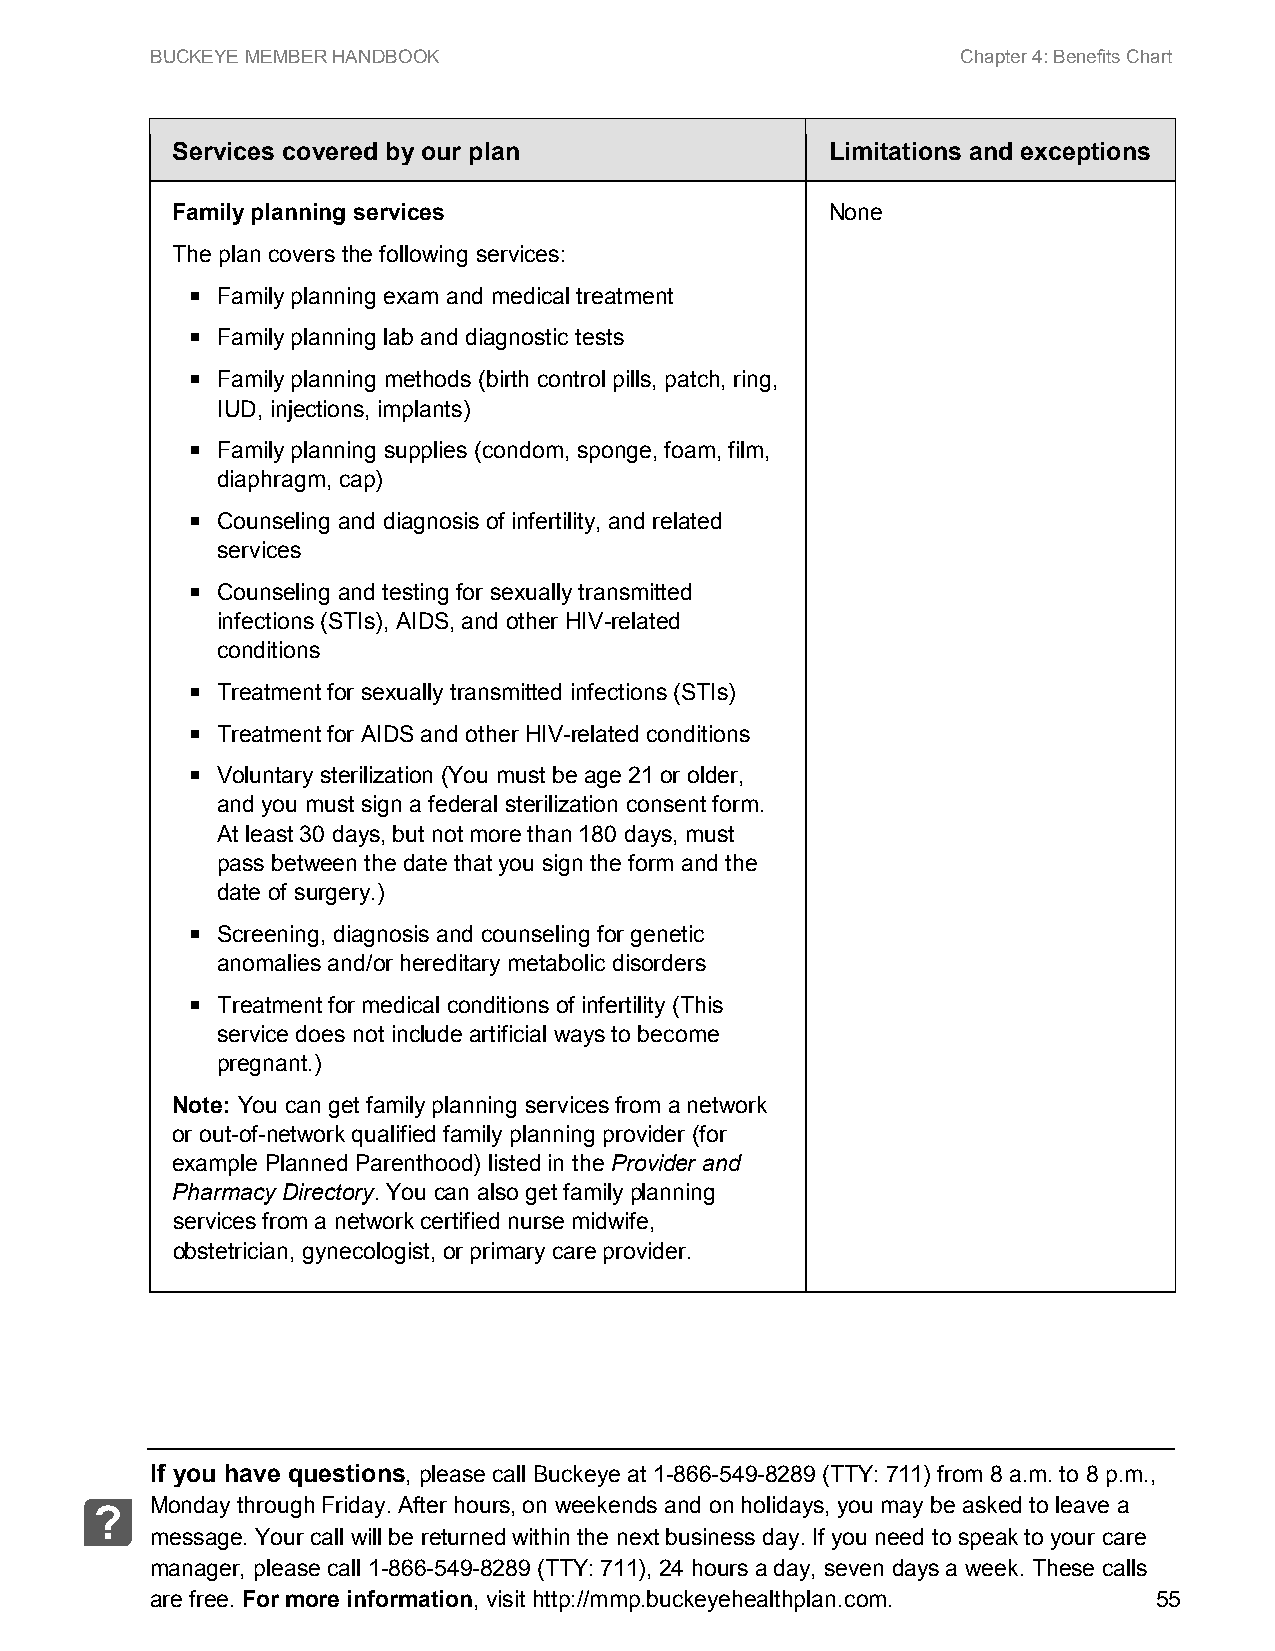
BUCKEYE MEMBER HANDBOOK                               Chapter 4: Benefits Chart
 Services covered by our plan                Limitations and exceptions
 Family planning services                    None
 The plan covers the following services:
  Family planning exam and medical treatment
  Family planning lab and diagnostic tests
  Family planning methods (birth control pills, patch, ring,
 IUD, injections, implants)
  Family planning supplies (condom, sponge, foam, film,
 diaphragm, cap)
  Counseling and diagnosis of infertility, and related
 services
  Counseling and testing for sexually transmitted
 infections (STIs), AIDS, and other HIV-related
 conditions
  Treatment for sexually transmitted infections (STIs)
  Treatment for AIDS and other HIV-related conditions
  Voluntary sterilization (You must be age 21 or older,
 and you must sign a federal sterilization consent form.
 At least 30 days, but not more than 180 days, must
 pass between the date that you sign the form and the
 date of surgery.)
  Screening, diagnosis and counseling for genetic
 anomalies and/or hereditary metabolic disorders
  Treatment for medical conditions of infertility (This
 service does not include artificial ways to become
 pregnant.)
 Note: You can get family planning services from a network
 or out-of-network qualified family planning provider (for
 example Planned Parenthood) listed in the Provider and
 Pharmacy Directory. You can also get family planning
 services from a network certified nurse midwife,
 obstetrician, gynecologist, or primary care provider.
 If you have questions, please call Buckeye at 1-866-549-8289 (TTY: 711) from 8 a.m. to 8 p.m.,
 Monday through Friday. After hours, on weekends and on holidays, you may be asked to leave a
 ?
 message. Your call will be returned within the next business day. If you need to speak to your care
 manager, please call 1-866-549-8289 (TTY: 711), 24 hours a day, seven days a week. These calls
 are free. For more information, visit http://mmp.buckeyehealthplan.com. 55